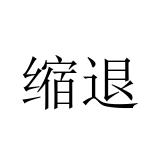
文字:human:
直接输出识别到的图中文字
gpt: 缩退